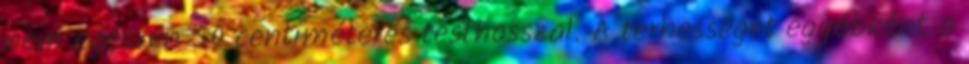
nem egészen 50 centiméteres testhosszal. A terhességet egyébként a